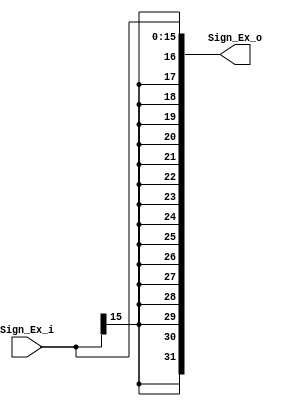
module SignExtend
(
	input [15:0] Sign_Ex_i,
	output wire [31:0] Sign_Ex_o

);

assign Sign_Ex_o = { {16{Sign_Ex_i[15]}}, Sign_Ex_i};
endmodule